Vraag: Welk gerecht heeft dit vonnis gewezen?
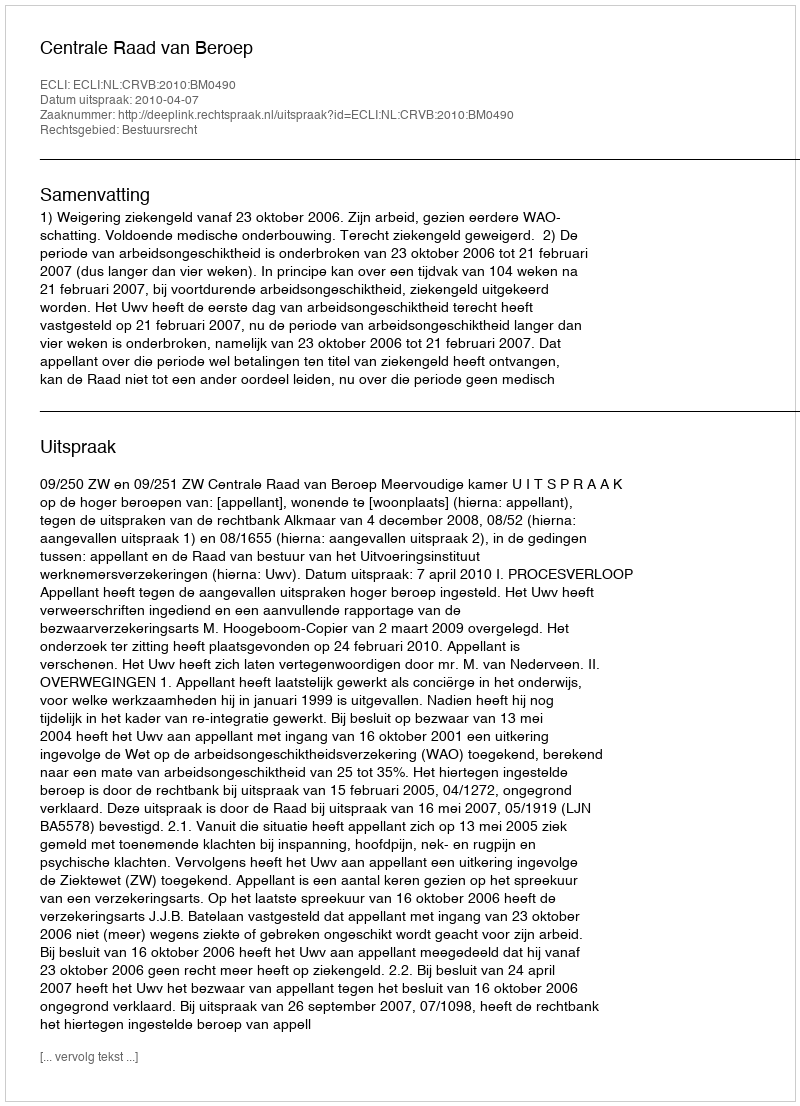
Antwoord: Centrale Raad van Beroep